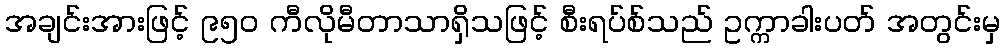
အချင်းအားဖြင့် ၉၅၀ ကီလိုမီတာသာရှိသဖြင့် စီးရပ်စ်သည် ဥက္ကာခါးပတ် အတွင်းမှ